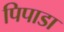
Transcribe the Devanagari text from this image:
पिपाडा